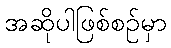
အဆိုပါဖြစ်စဉ်မှာ